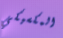
المكسيكي